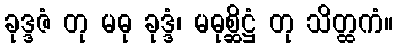
ခုဒ္ဒဇံ တု မဓု ခုဒ္ဒံ၊ မဓုစ္ဆိဋ္ဌံ တု သိတ္ထကံ။